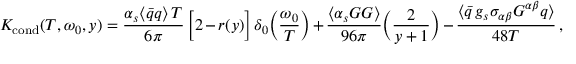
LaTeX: K _ { \mathrm { c o n d } } ( T , \omega _ { 0 } , y ) = { \frac { \alpha _ { s } \langle \bar { q } q \rangle \, T } { 6 \pi } } \, \Big [ 2 - r ( y ) \Big ] \, \delta _ { 0 } \Big ( { \frac { \omega _ { 0 } } { T } } \Big ) + { \frac { \langle \alpha _ { s } G G \rangle } { 9 6 \pi } } \bigg ( { \frac { 2 } { y + 1 } } \bigg ) - { \frac { \langle \bar { q } \, g _ { s } \sigma _ { \alpha \beta } G ^ { \alpha \beta } q \rangle } { 4 8 T } } \, ,